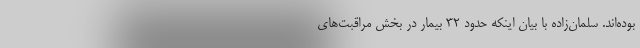
بوده‌اند. سلمان‌زاده با بیان اینکه حدود ۳۲ بیمار در بخش مراقبت‌های